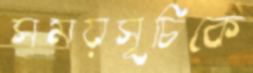
সময়সূচিকে